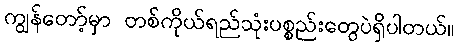
ကျွန်တော့်မှာ တစ်ကိုယ်ရည်သုံးပစ္စည်းတွေပဲရှိပါတယ်။